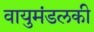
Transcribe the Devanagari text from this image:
वायुमंडलकी